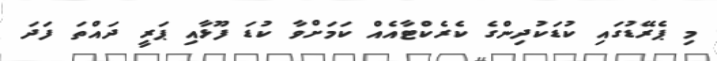
މި ޕެރޭޑުގައި ކުޑަކުދިންގެ ކެރެކްޓާއެއް ކަމަށްވާ ކުޑަ ފޫޅާއި ޕަރީ ދައްތަ ފަދަ